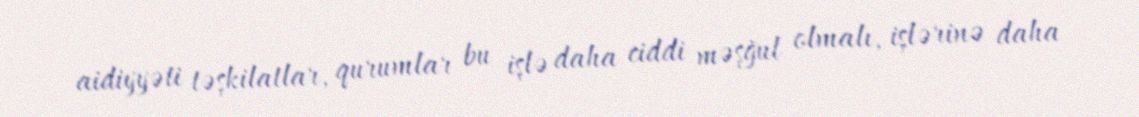
aidiyyəti təşkilatlar, qurumlar bu işlə daha ciddi məşğul olmalı, işlərinə daha